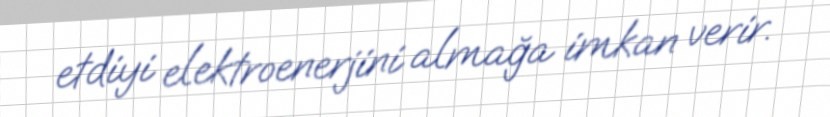
etdiyi elektroenerjini almağa imkan verir.